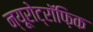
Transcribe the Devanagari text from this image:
न्यूरोट्रॉफ़िक